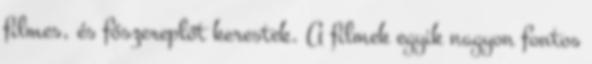
filmes, és főszereplőt kerestek. A filmek egyik nagyon fontos